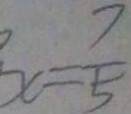
x = \frac { 7 } { 5 }